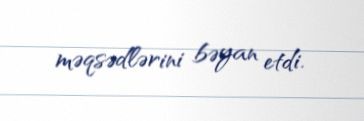
məqsədlərini bəyan etdi.